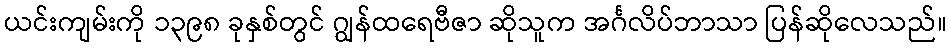
ယင်းကျမ်းကို ၁၃၉၈ ခုနှစ်တွင် ဂျွန်ထရေဗီဇာ ဆိုသူက အင်္ဂလိပ်ဘာသာ ပြန်ဆိုလေသည်။